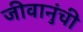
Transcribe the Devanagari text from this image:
जीवानुंची